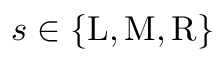
s \in \{ \mathrm { L } , \mathrm { M } , \mathrm { R } \}